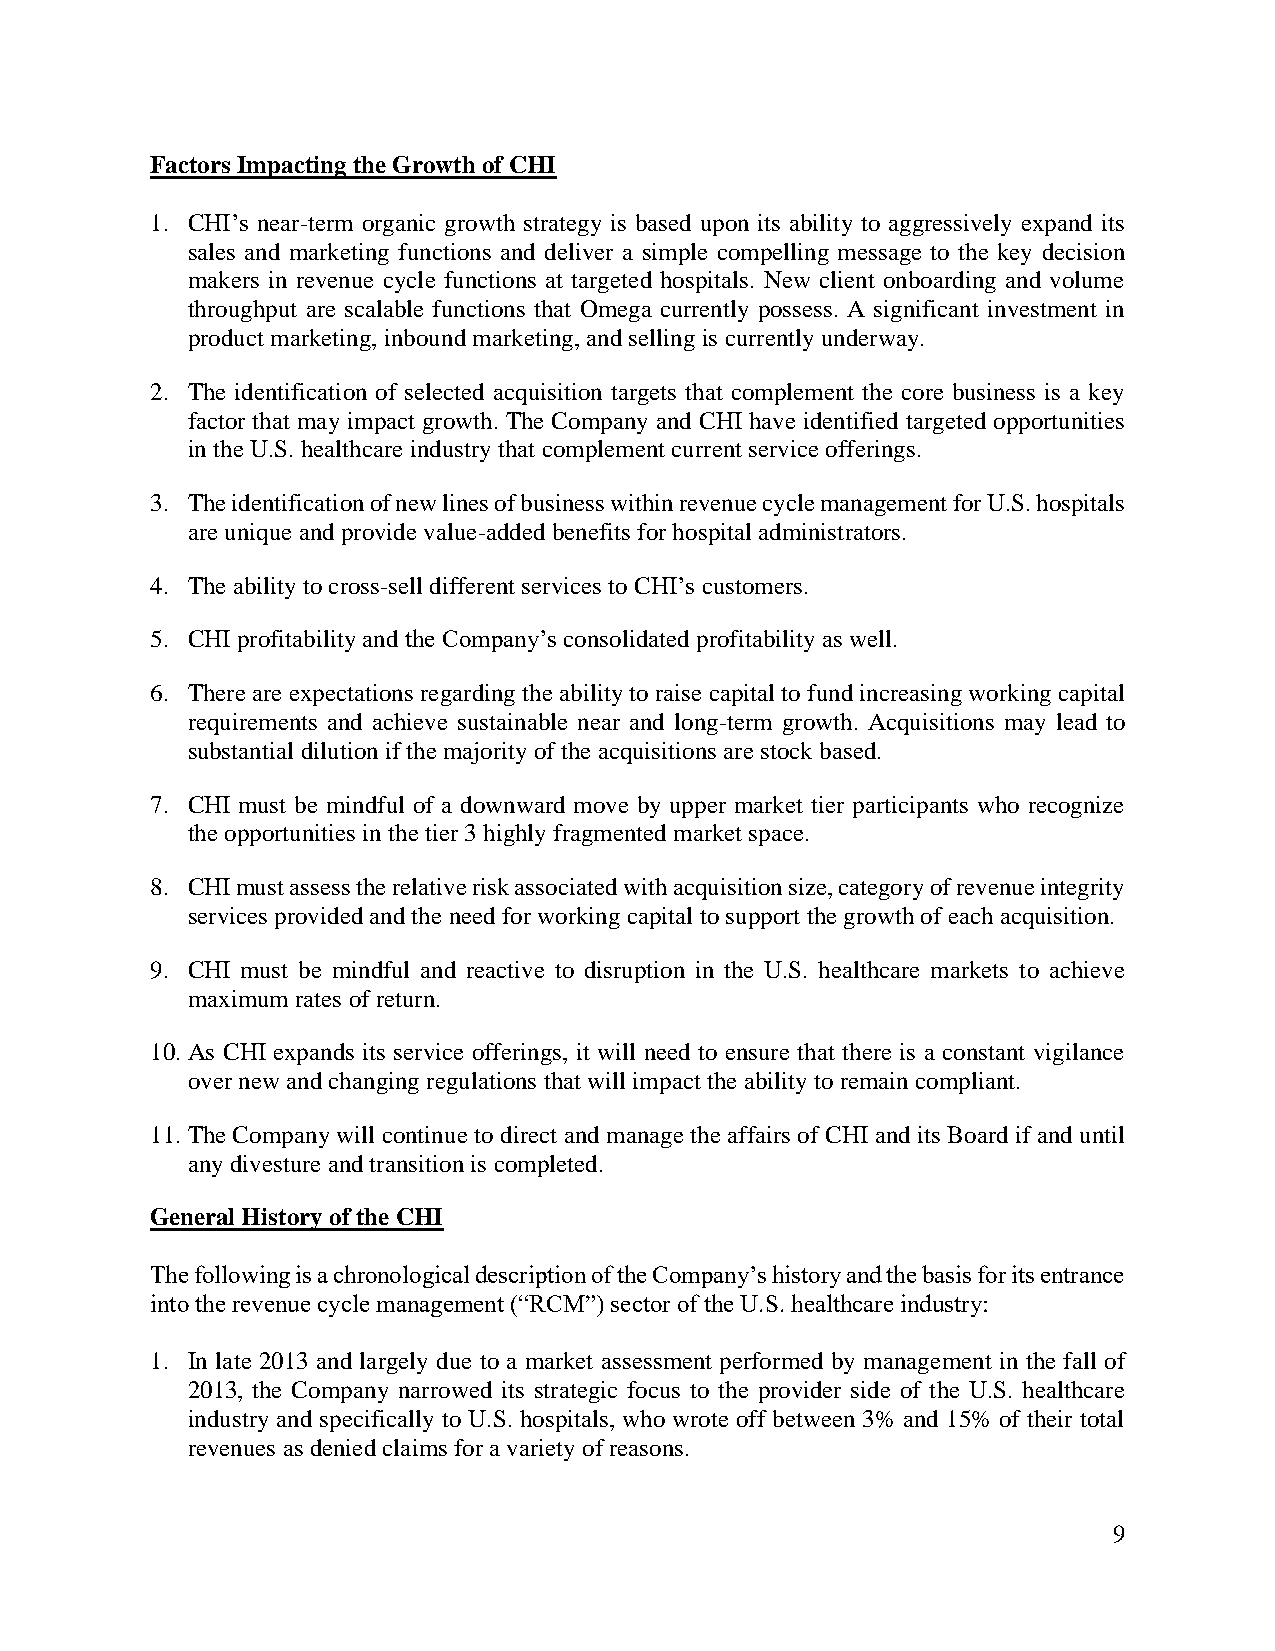
Factors Impacting the Growth of CHI
 1. CHI’s near-term organic growth strategy is based upon its ability to aggressively expand its
 sales and marketing functions and deliver a simple compelling message to the key decision
 makers in revenue cycle functions at targeted hospitals. New client onboarding and volume
 throughput are scalable functions that Omega currently possess. A significant investment in
 product marketing, inbound marketing, and selling is currently underway.
 2. The identification of selected acquisition targets that complement the core business is a key
 factor that may impact growth. The Company and CHI have identified targeted opportunities
 in the U.S. healthcare industry that complement current service offerings.
 3. The identification of new lines of business within revenue cycle management for U.S. hospitals
 are unique and provide value-added benefits for hospital administrators.
 4. The ability to cross-sell different services to CHI’s customers.
 5. CHI profitability and the Company’s consolidated profitability as well.
 6. There are expectations regarding the ability to raise capital to fund increasing working capital
 requirements and achieve sustainable near and long-term growth. Acquisitions may lead to
 substantial dilution if the majority of the acquisitions are stock based.
 7. CHI must be mindful of a downward move by upper market tier participants who recognize
 the opportunities in the tier 3 highly fragmented market space.
 8. CHI must assess the relative risk associated with acquisition size, category of revenue integrity
 services provided and the need for working capital to support the growth of each acquisition.
 9. CHI must be mindful and reactive to disruption in the U.S. healthcare markets to achieve
 maximum rates of return.
 10. As CHI expands its service offerings, it will need to ensure that there is a constant vigilance
 over new and changing regulations that will impact the ability to remain compliant.
 11. The Company will continue to direct and manage the affairs of CHI and its Board if and until
 any divesture and transition is completed.
 General History of the CHI
 The following is a chronological description of the Company’s history and the basis for its entrance
 into the revenue cycle management (“RCM”) sector of the U.S. healthcare industry:
 1. In late 2013 and largely due to a market assessment performed by management in the fall of
 2013, the Company narrowed its strategic focus to the provider side of the U.S. healthcare
 industry and specifically to U.S. hospitals, who wrote off between 3% and 15% of their total
 revenues as denied claims for a variety of reasons.
 9